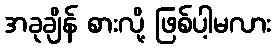
အခုချိန် စားလို့ ဖြစ်ပါ့မလား